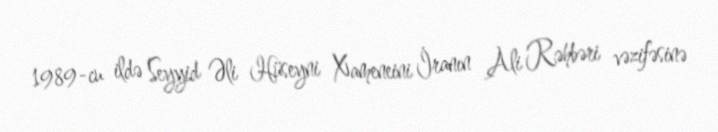
1989-cu ildə Seyyid Əli Hüseyni Xameneini İranın Ali Rəhbəri vəzifəsinə